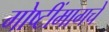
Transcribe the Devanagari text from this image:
गोष्टींमागचे